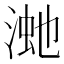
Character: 𣸚